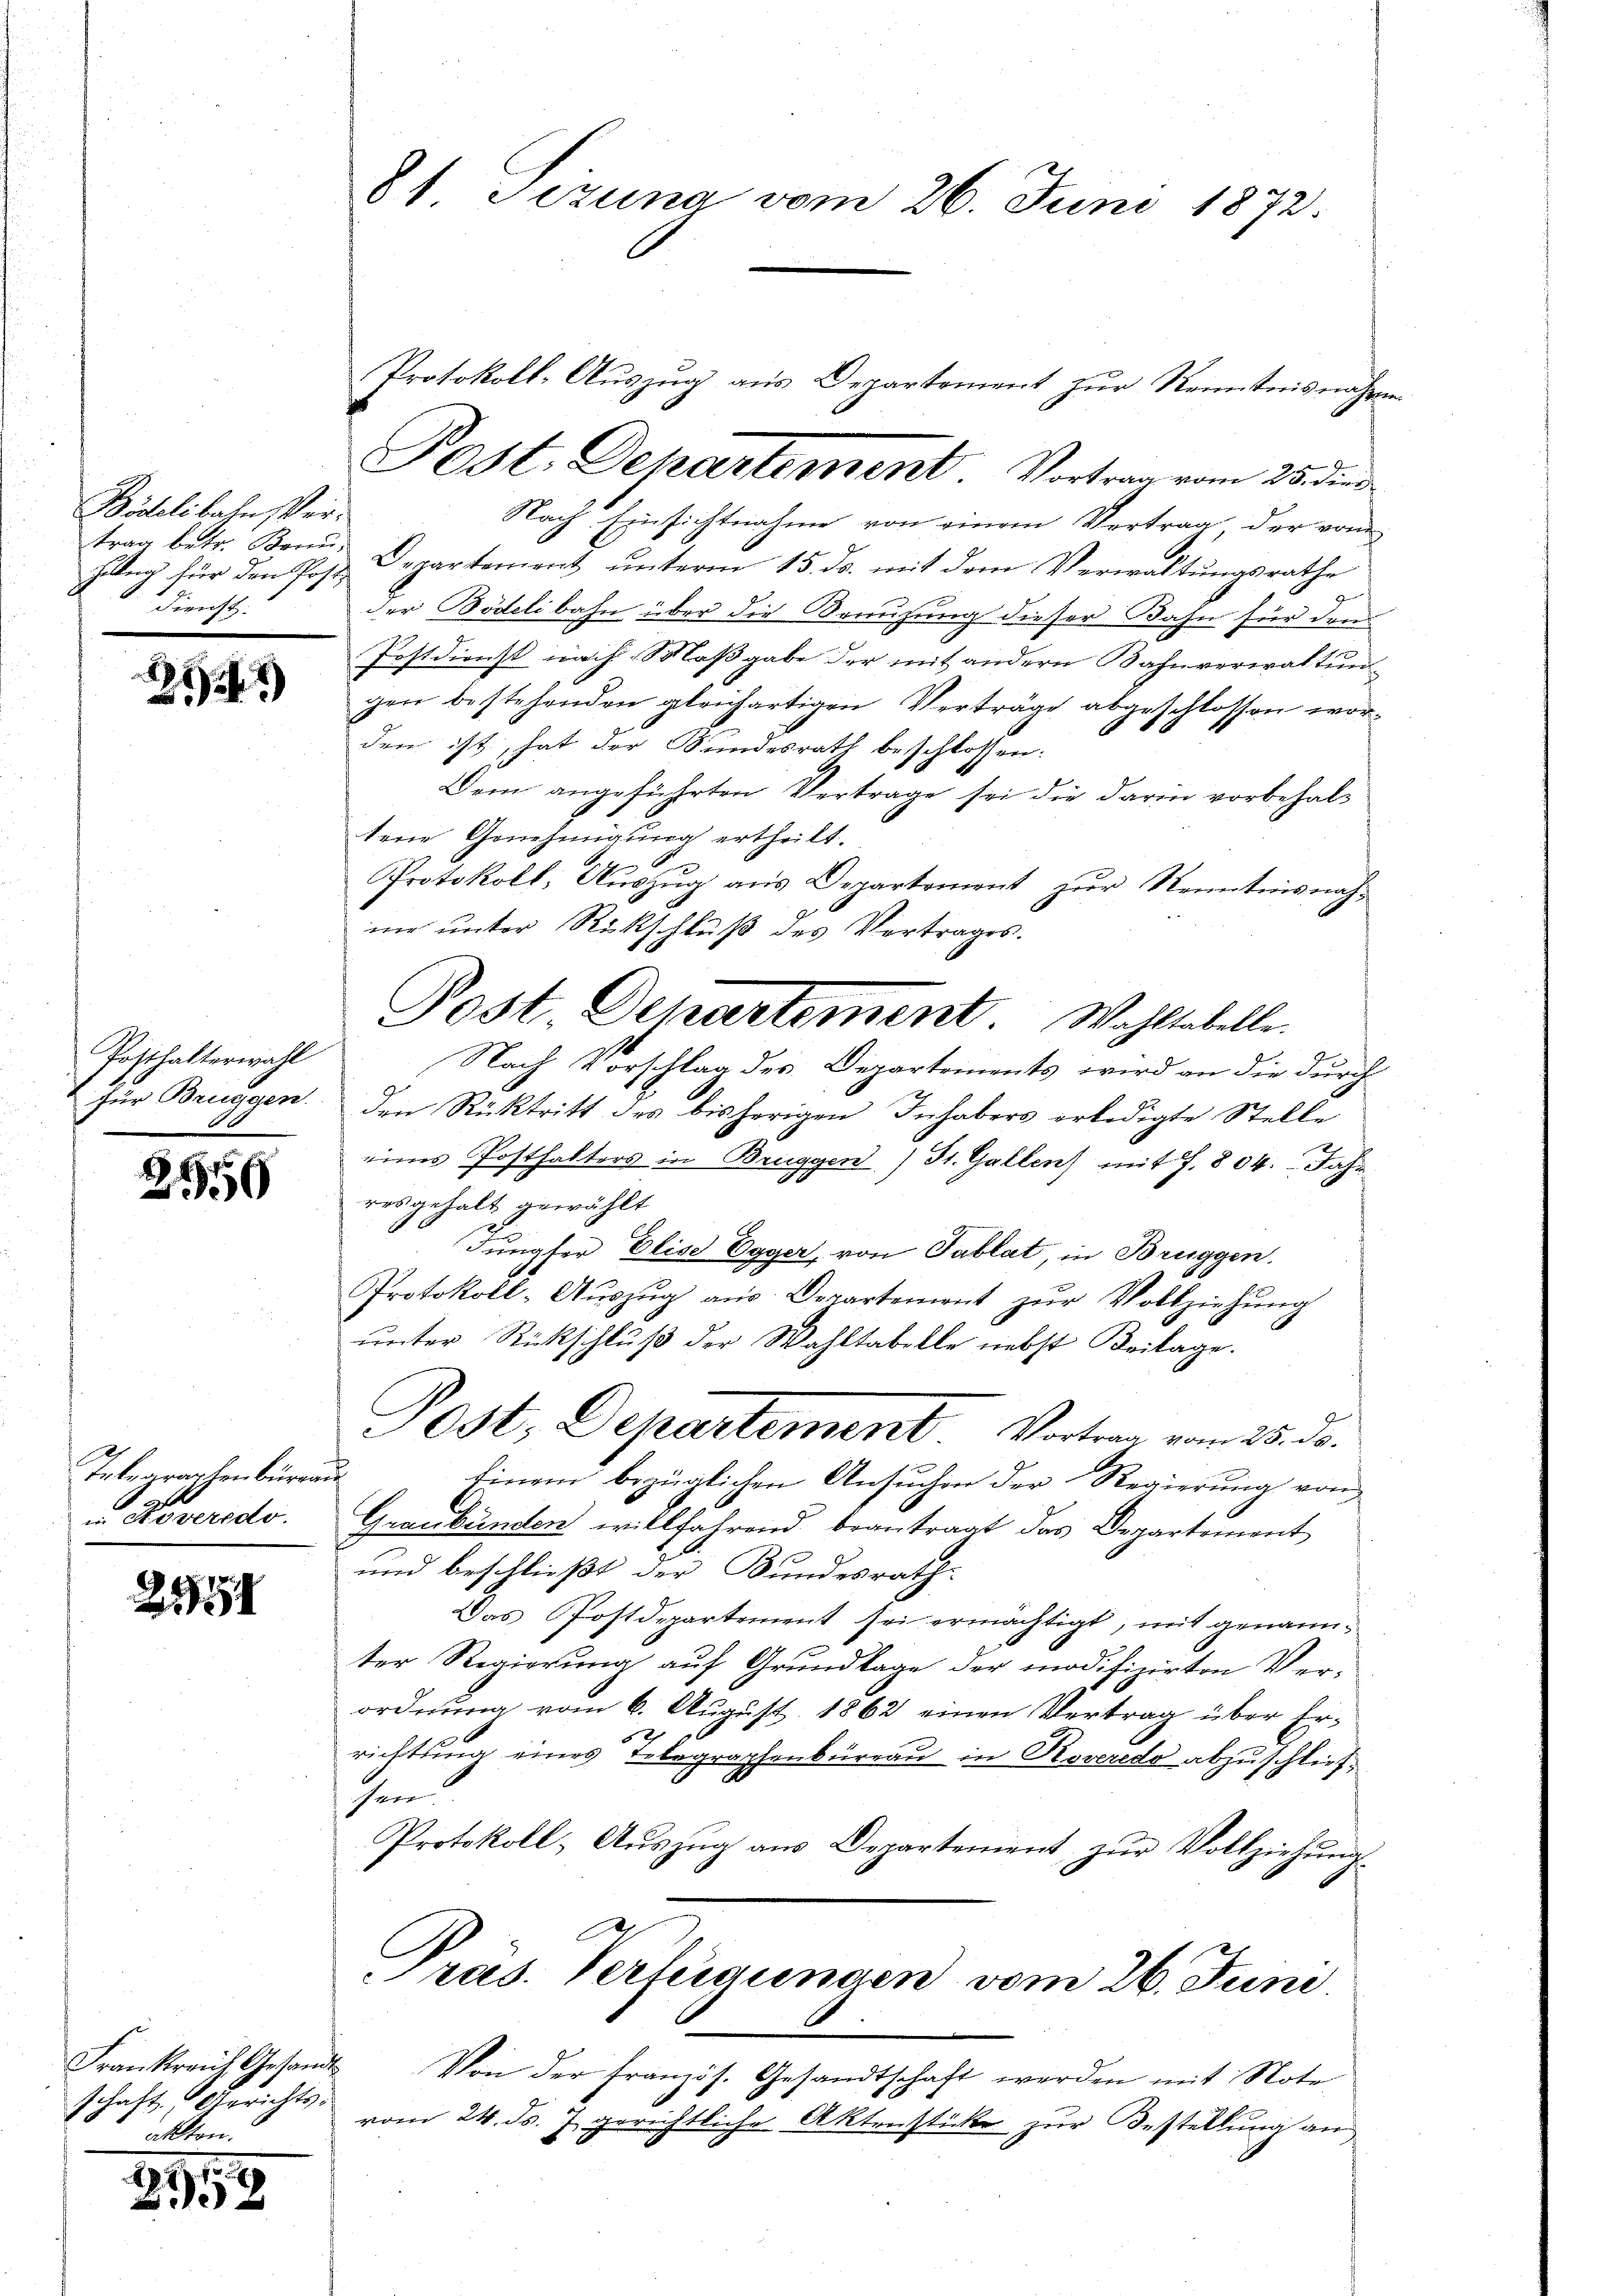
Bödelibahn Vertrag betr. Beru
hillig für den Post¬
Dienst.

252)

Posthalterwahl
für Bruggen

2950

Telegraphenbureau
i Doveredo.

2741

schaft, Gerichts-
allten.

2111

Nach Einsichtnahme von einem Vertrag, der vom
Departement unterm 15. ds. mit dem Verwaltungsrathe
der Bödelibahn über die Kreuzung dieser Bahn für dem
Postdienst nach Maßgabe der mit andern Bahnverwaltun
gen bestehenden gleichartigen Verträge abgeschlossen worden ist, hat der Kundesrath beschlossen:
Dem angeführten Vertrage sei die darin vorbehaltene Genehmigung ertheilt.
Protokoll, Auszug aus Departement zur Kenntnisnahme unter Rückschluß des Vertrages.
Nach Vorschlag des Departements wird an die durch
den Rücktritt des bisherigen Inhabers erledigte Stelle
eines Posthalters in Bruggen) St. Gallen) mit S. 804. Jahrresgehalt gewählt
Jungfer Elise Egger, von Tablat, in Bruggen.
Protokoll-Aŭszŭg aŭs Departement zŭr Vollziehŭng
unter Rückschluß der Wahltabelle nebst Beilage.
Post, Departement Vortrag vom 25. ds.
Einem bezüglichen Ansuchen der Regierung von
Graubünden willfahrend beantragt das Departement
und beschließt der Bundesrath
Das Postdepartement sei ermächtigt, mit genannter Regierung auf Grundlage der modifizirten Verordnung vom 6. August 1862 einen Vertrag über Errichtung eines Telegraphenbüreau in Roveredo abzuschließsen.
Protokoll, Aŭszŭg ans Departement zŭr Vollziehŭng
ras. Verlegungen vom 26. Juni.

81 Sezung vom 26. Juni 1872.

Post. Departement Vortrag vom 25. die

Protokoll-Auszug aus Departement zŭr Kenntnisnahme

Post. Departement. Wohltabelle.

Frankraut Gesandt Von der französ. Gesandtschaft werden mit Note
vom 24. ds. 7. gerichtliche Aktenstücke zur Bestellung an